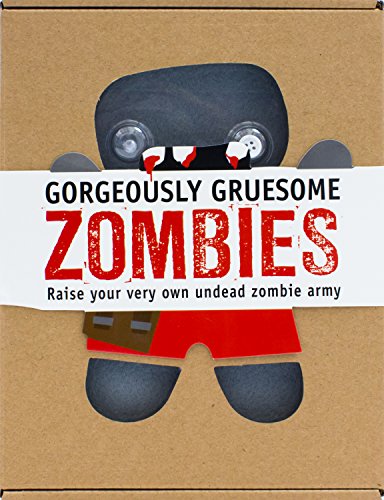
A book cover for Gorgeously Gruesome Zombies (Scary Cute Boxsets); Parragon Books; Crafts, Hobbies & Home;